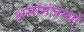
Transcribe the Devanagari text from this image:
असामंजस्यों